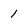
Character: 1